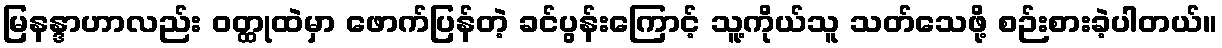
မြနန္ဒာဟာလည်း ဝတ္ထုထဲမှာ ဖောက်ပြန်တဲ့ ခင်ပွန်းကြောင့် သူ့ကိုယ်သူ သတ်သေဖို့ စဉ်းစားခဲ့ပါတယ်။